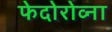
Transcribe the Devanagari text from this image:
फेदोरोव्ना